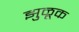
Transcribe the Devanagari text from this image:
झुळूक